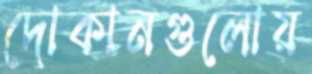
দোকানগুলোয়